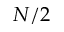
N / 2